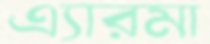
এ্যারমা